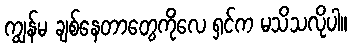
ကျွန်မ ချစ်နေတာတွေကိုလေ ရှင်က မသိသလိုပါ။